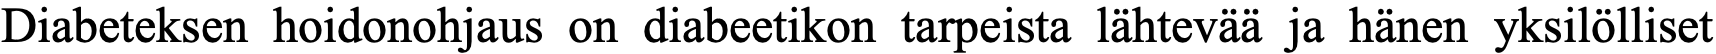
Diabeteksen hoidonohjaus on diabeetikon tarpeista lähtevää ja hänen yksilölliset